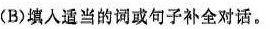
(B)填人适当的词或句子补全对话.